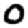
Digit: 0